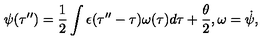
\psi ( \tau ^ { \prime \prime } ) = \frac { 1 } { 2 } \int \epsilon ( \tau ^ { \prime \prime } - \tau ) \omega ( \tau ) d \tau + \frac { \theta } { 2 } , \omega = { \dot { \psi } } ,